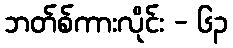
ဘတ်စ်ကားလိုင်း - ၆၃